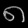
Digit: ၈